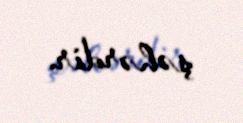
şəhərdir.